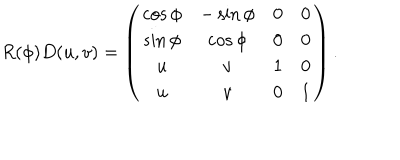
R ( \phi ) D ( u , v ) = \left( \begin{matrix} { { \cos \phi } } & { { - \sin \phi } } & { { 0 } } & { { 0 } } \\ { { \sin \phi } } & { { \cos \phi } } & { { 0 } } & { { 0 } } \\ { { u } } & { { v } } & { { 1 } } & { { 0 } } \\ { { u } } & { { v } } & { { 0 } } & { { 1 } } \\ \end{matrix} \right) .